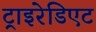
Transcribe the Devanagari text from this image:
ट्राइरेडिएट